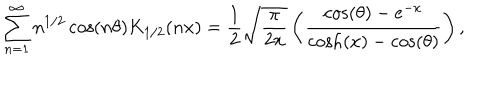
LaTeX: \sum _ { n = 1 } ^ { \infty } n ^ { 1 / 2 } \cos ( n \theta ) K _ { 1 / 2 } ( n x ) = \frac { 1 } { 2 } \sqrt { \frac { \pi } { 2 x } } \left( \frac { \cos ( \theta ) - e ^ { - x } } { \cosh ( x ) - \cos ( \theta ) } \right) , \nonumber